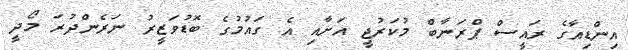
އިންޑިއާގެ ރައީސް ޕްރަނާބް މުކަރުޖީ އަށާއި އެ ގައުމުގެ ބޮޑުވަޒީރު ނަރެންދުރަ މޯދީ